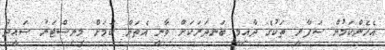
އެހެންކަމުން ސަފާރީ ތަކުގެ ދާއިމީ ބަނދަރަކަށް ވާނީ އެތަން ކަމަށް މިނިސްޓަރު ސައީދު